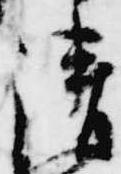
清